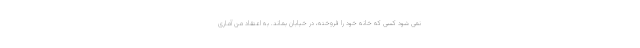
نمی شود کسی که خانه خود را فروخته، در خیابان بماند. به اعتقاد من آماری